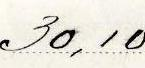
30,10